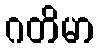
ဂတိမာ